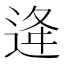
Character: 逄